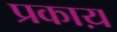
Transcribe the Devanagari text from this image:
प्रकाय़